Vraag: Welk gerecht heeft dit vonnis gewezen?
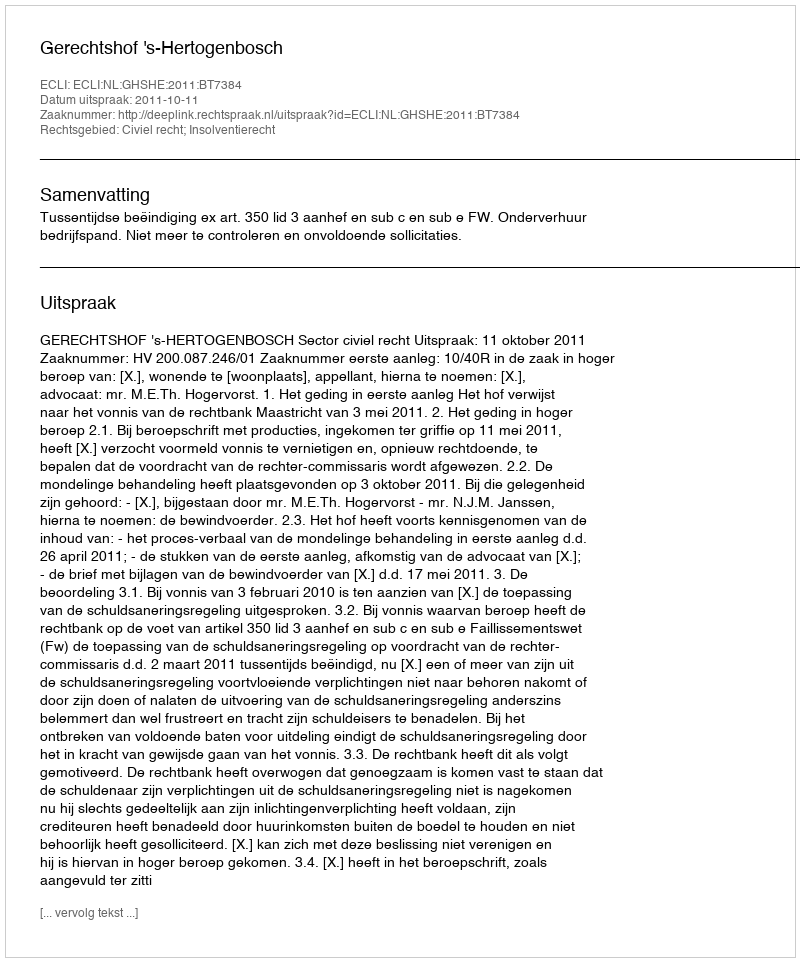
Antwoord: Gerechtshof 's-Hertogenbosch